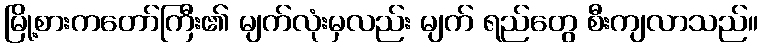
မြို့စားကတော်ကြီး၏ မျက်လုံးမှလည်း မျက် ရည်တွေ စီးကျလာသည်။